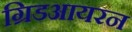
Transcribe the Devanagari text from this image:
ग्रिडआयरन